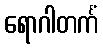
ရောဂါတင်္ကံ